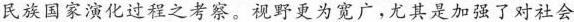
民族国家演化过程之考察。视野更为宽广，尤其是加强了对社会清晰)